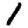
Digit: 1